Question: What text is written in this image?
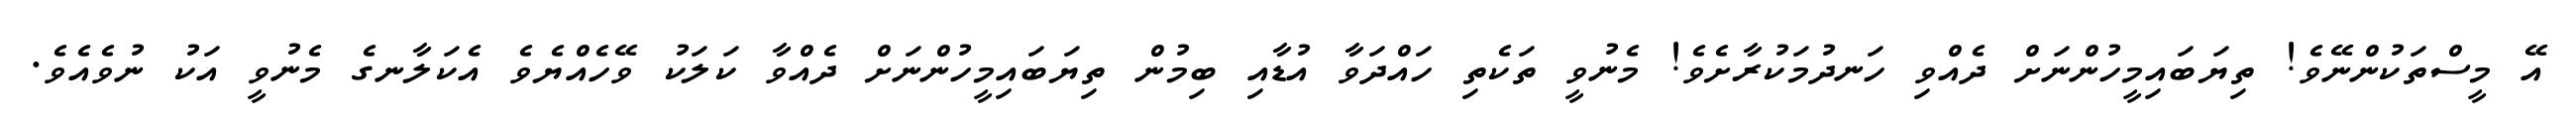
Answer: އޭ މީސްތަކުންނޭވެ! ތިޔަބައިމީހުންނަށް ދެއްވި ހަނދުމަކުރާށެވެ! މެނުވީ ތަކެތި ހައްދަވާ އުޑާއި ބިމުން ތިޔަބައިމީހުންނަށް ދެއްވާ ކަލަކު ވޭހެއްޔެވެ އެކަލާނގެ މެނުވީ އަކު ނުވެއެވެ.